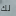
لك